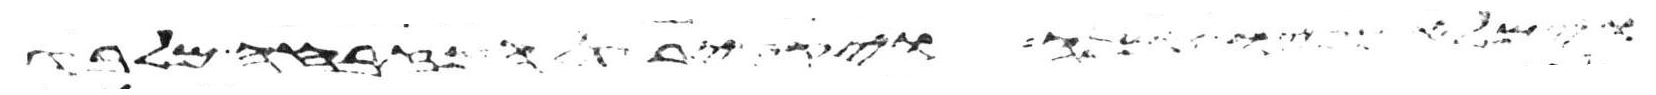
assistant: לו ויותר יעקב לבדו